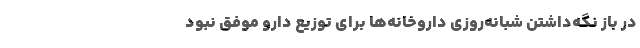
در باز نگه‌داشتن شبانه‌روزی داروخانه‌ها برای توزیع دارو موفق نبود